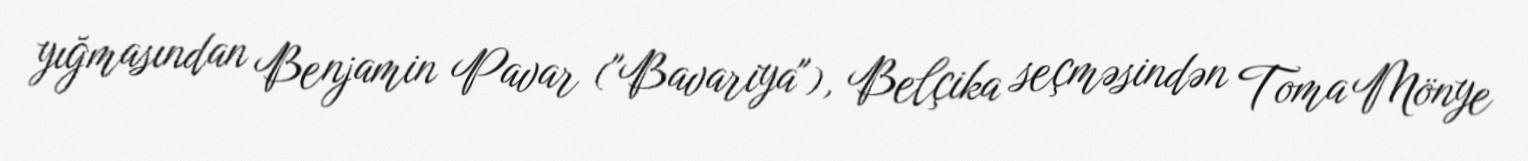
yığmasından Benjamin Pavar ("Bavariya"), Belçika seçməsindən Toma Mönye